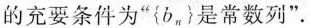
的充要条件为”{b_{n}}是常数列”。